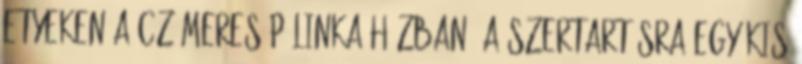
Etyeken a Czímeres Pálinka Házban. A szertartásra egy kis